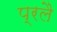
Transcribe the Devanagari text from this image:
प्रलै